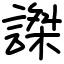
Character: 謋